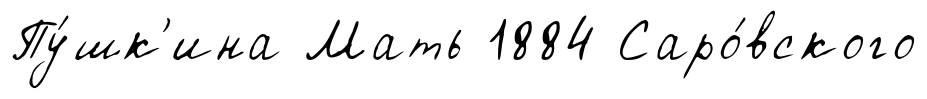
Пу́шк'ина Мать 1884 Саро́вского